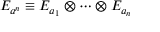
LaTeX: E _ { a ^ { n } } \equiv E _ { a _ { 1 } } \otimes \cdots \otimes E _ { a _ { n } }